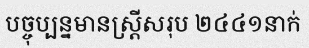
បច្ចុប្បន្នមានស្ត្រីសរុប ២៤៤១នាក់